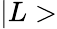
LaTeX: |L>